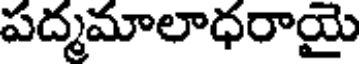
పద్మమాలాధరాయై